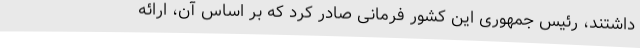
داشتند، رئیس جمهوری این کشور فرمانی صادر کرد که بر اساس آن، ارائه